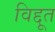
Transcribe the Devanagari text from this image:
विद्दूत